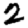
Digit: 2